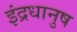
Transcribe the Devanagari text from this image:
इंद्रधानुष